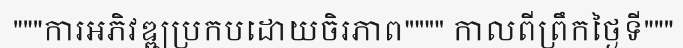
"""ការអភិវឌ្ឍប្រកបដោយចិរភាព"""" កាលពីព្រឹកថ្ងៃទី"""